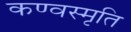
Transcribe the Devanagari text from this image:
कण्वस्मृति